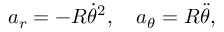
a _ { r } = - R { \dot { \theta } } ^ { 2 } , \quad a _ { \theta } = R { \ddot { \theta } } ,